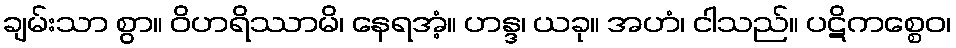
ချမ်းသာ စွာ။ ဝိဟရိဿာမိ၊ နေရအံ့။ ဟန္ဒ၊ ယခု။ အဟံ၊ ငါသည်။ ပဋိကစ္စေဝ၊